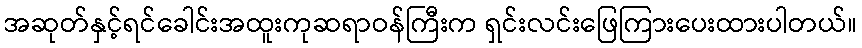
အဆုတ်နှင့်ရင်ခေါင်းအထူးကုဆရာဝန်ကြီးက ရှင်းလင်းဖြေကြားပေးထားပါတယ်။